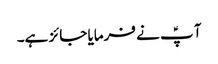
آ پؑ نے فرمایا جائز ہے۔